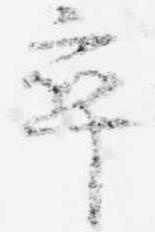
卒